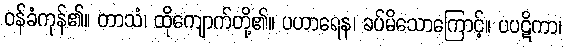
ဝန်ခံကုန်၏။ တာသံ၊ ထိုကျောက်တို့၏။ ပဟာရေန၊ ခပ်မိသောကြောင့်။ ပပဋိကာ၊